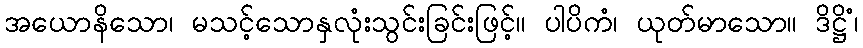
အယောနိသော၊ မသင့်သောနှလုံးသွင်းခြင်းဖြင့်။ ပါပိကံ၊ ယုတ်မာသော။ ဒိဋ္ဌိံ၊